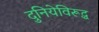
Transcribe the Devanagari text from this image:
दुनियेविरूद्ध